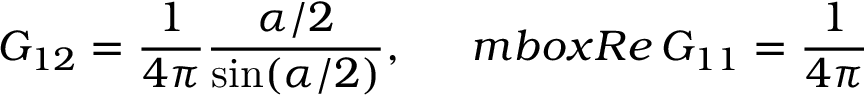
G _ { 1 2 } = \frac { 1 } { 4 \pi } \frac { \alpha / 2 } { \sin ( \alpha / 2 ) } , \ \ \ \ \, m b o x { R e } \, G _ { 1 1 } = \frac { 1 } { 4 \pi }